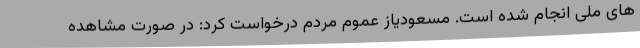
های ملی انجام شده است. مسعودیاز عموم مردم درخواست کرد: در صورت مشاهده